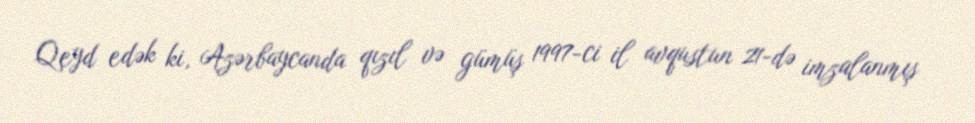
Qeyd edək ki, Azərbaycanda qızıl və gümüş 1997-ci il avqustun 21-də imzalanmış